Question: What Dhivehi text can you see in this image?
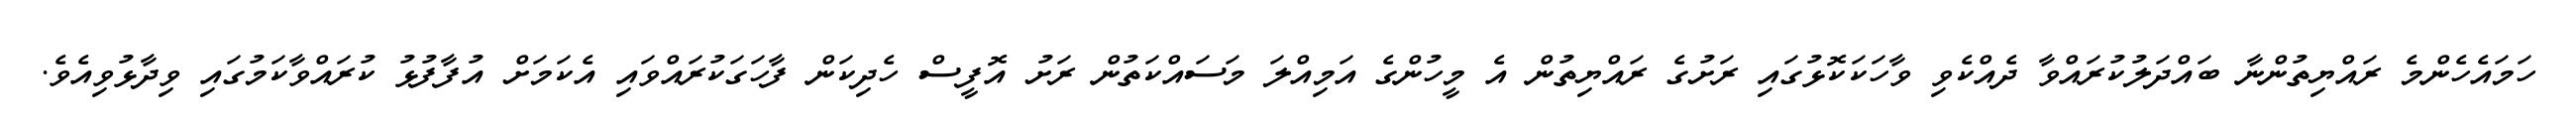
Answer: ހަމައެހެންމެ ރައްޔިތުންނާ ބައްދަލުކުރައްވާ ދެއްކެވި ވާހަކަކޮޅުގައި ރަށުގެ ރައްޔިތުން އެ މީހުންގެ އަމިއްލަ މަސައްކަތުން ރަށު އޮފީސް ހެދިކަން ފާހަގަކުރައްވައި އެކަމަށް އުފާފުޅު ކުރައްވާކަމުގައި ވިދާޅުވިއެވެ.